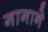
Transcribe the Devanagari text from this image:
गागाने